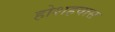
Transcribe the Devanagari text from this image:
होशहवास